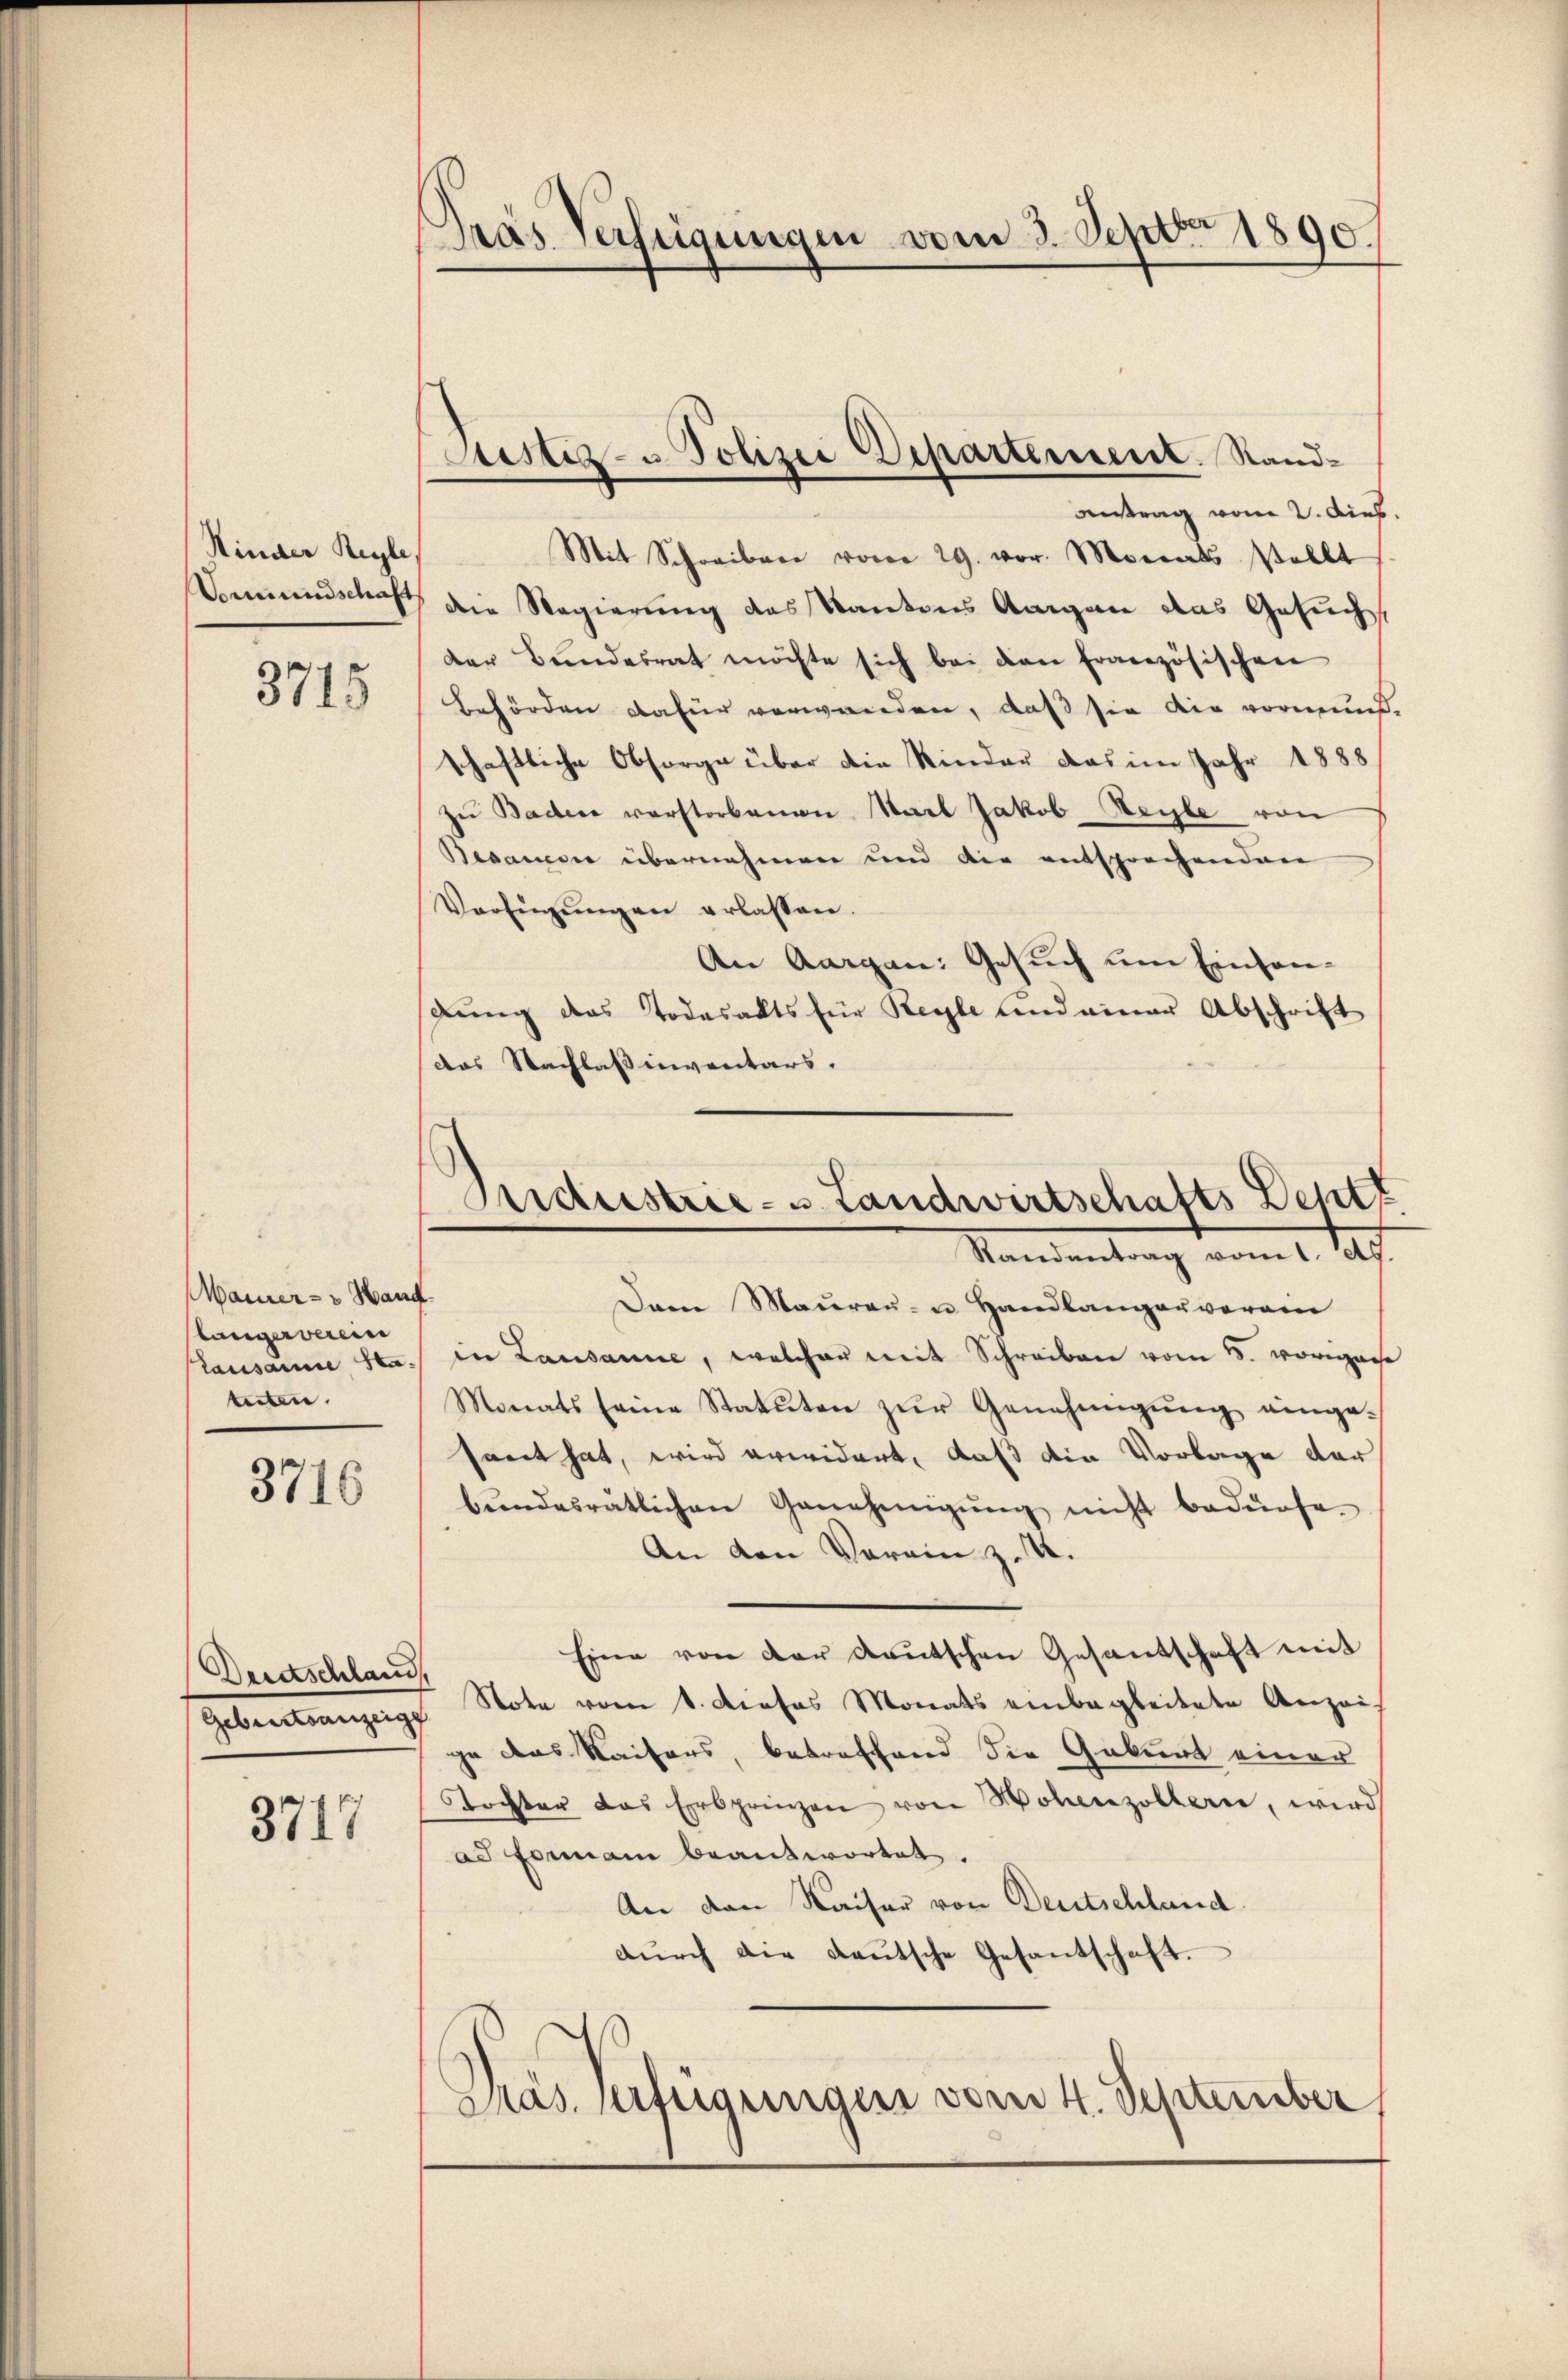
Kinder Regle

3715

Maiuer- u Hand
längerverein
teiten.

3716

Deidtschland,

3717

Gras Verfügungen vom 3. Septbr 1890.

Antrag vom 2. Dieb.
Mit Schreiber vom 29. vor. Monats sollt
Gemeindschaft die Regierung des Kantons Aargau das Gesuch
der Bundesrat möchte sich bei den französischen
Behörden dafür verwenden, daß sie die vormun-
schaftliche Obsorge über die Kinder das im Jahr 1888/
zu Badere verstorbenen Start Jakob Reyle von
Besandte übernehmen und die entsprechenden
Verfügŭngen erlassen.
An Aargau: Gesuch um Einsangung des Todesalts für Regle und einer Abschrift
das Nachlassinventars.

Justiz- u Polizei Departement. Stand¬

Industrie- u. Landwirtschafts Deptt
Randantrag vom 1. Jes.

Dann Maurau- u. Handlangerverein
Lausamme Sta in Lausanne, welcher mit Schreiben vom 3. vorigen
Monats seine Statuten zŭr Genehmigŭng einge-
sant hat, wird erwidert, daß die Vorlage der
bŭndesrätlichen Genehmigŭng nicht bedürfe.
An den Verein z. B.
Eine von der deutschen Gesandtschaft mit
Gebrestanzeige Note vom 1. Dieses Monats einbegleitete Anzeige des Kaisers, betreffend die Geburt einer
tochter das Erbprinzen von Hohenzollerie, wird
ad Formani beantwortet.
An den Kaiser von Deutschland
dŭrch die Baŭtsche Gesantschaft.
Präs. Verfügungen vom 4. September